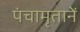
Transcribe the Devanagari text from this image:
पंचामृतानें